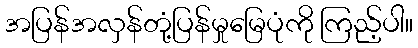
အပြန်အလှန်တုံ့ပြန်မှုမြေပုံကို ကြည့်ပါ။